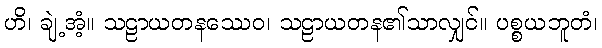
ဟိ၊ ချဲ့အံ့။ သဠာယတနဿေဝ၊ သဠာယတန၏သာလျှင်။ ပစ္စယဘူတံ၊